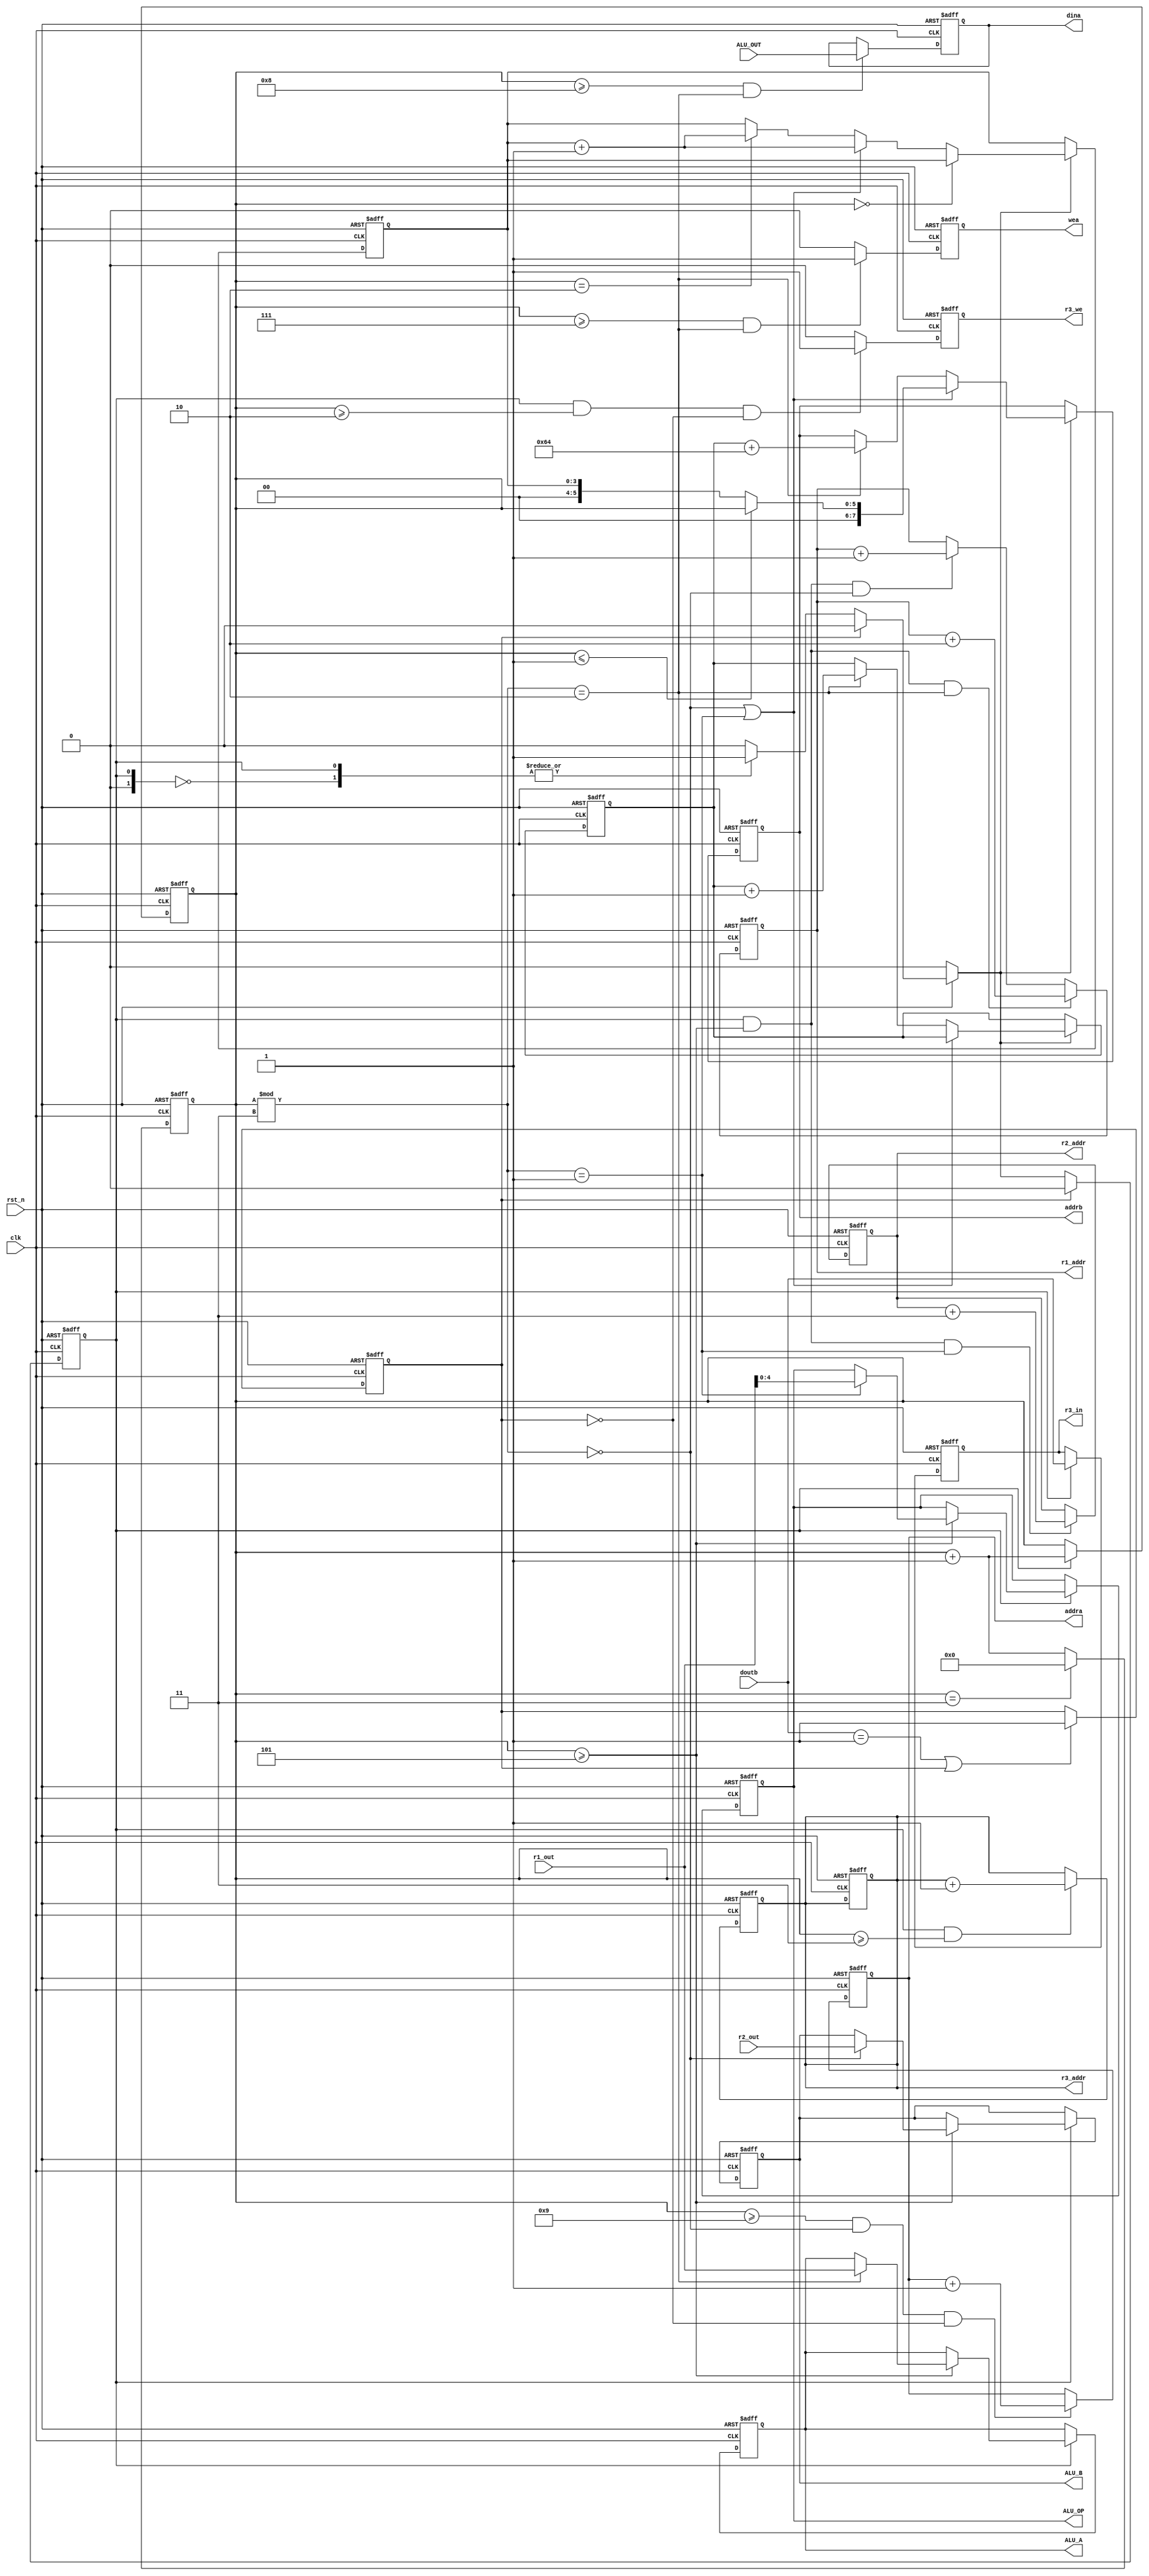
`timescale 1ns / 1ps
//////////////////////////////////////////////////////////////////////////////////
// Company: 
// Engineer: 
// 
// Design Name: 
// Module Name:    Control 
// Project Name: 
// Target Devices: 
// Tool versions: 
// Description: 
//
// Dependencies: 
//
// Revision: 
// Revision 0.01 - File Created
// Additional Comments: 
//
//////////////////////////////////////////////////////////////////////////////////
module Control(
input										clk,
input										rst_n,
input				signed	[31:0]	ALU_OUT,
input				signed	[31:0]	r1_out,
input				signed	[31:0]	r2_out,
output	reg				[4:0]		r1_addr,
output	reg				[4:0]		r2_addr,
output	reg				[4:0]		r3_addr,
output	reg							r3_we,
output	reg				[31:0]	r3_in,
output	reg				[31:0]	ALU_A,
output	reg				[31:0]	ALU_B,
output	reg				[4:0]		ALU_OP,
output 	reg						   wea,
output   reg				[7:0] 	addra,
output 	reg				[31:0] 	dina,
output 	reg				[7:0] 	addrb,
input 			signed	[31:0] 	doutb
    );

parameter	IDLE = 0;
parameter	READ = 1;

reg	[5:0]	count = 5'h0;	//
reg	[3:0]	alu_num = 4'h0; //
reg	[3:0] alu_op = 4'h0;	// 
reg			sign = 0;	// -1
reg	[1:0]	cur_state = IDLE;
reg	[1:0] next_state = IDLE;


/*  */
always@(posedge clk or negedge rst_n)
begin
	if(~rst_n)
		count <= 2'h0;
	else if(count == 2'h3)
		count <= 2'h0;
	else
		count <= count + 2'h1;
end


/*  sign*/
always@(posedge clk or negedge rst_n)
begin
	if(~rst_n)
		sign <= 0;
	else if(doutb == -1 || sign == 1)
		sign <= 1;
end


/*  cur_state */
always@(posedge clk or negedge rst_n)
begin
	if(~rst_n)
		cur_state <= IDLE;
	else if(sign == 1)
		cur_state <= IDLE;
	else
		cur_state <= next_state;
end


/*  next_state */
always@(*)
begin
	if(~rst_n)
		next_state = IDLE;
	else if(sign == 1)
		next_state = IDLE;
	else
	begin
		case(cur_state)
			IDLE: next_state = READ;
			READ: next_state = READ;
			default: next_state = IDLE;
		endcase
	end
end


/*  ram  */
always@(posedge clk or negedge rst_n)
begin
	if(~rst_n)
	begin
		addra <= 8'd200;
		r3_addr <= 5'h0;
	end
	else if(count >= 9 && count % 3 == 0 && sign != 1) /**/
	begin
		addra <= addra + 8'h1;
	end
	else
	begin
		addra <= addra;
		r3_addr <= r3_addr;
	end
end


/*  ram */

always@(posedge clk or negedge rst_n)
begin
	if(~rst_n)
	begin
		count <= 4'h0;
	end 
	else if(cur_state != IDLE)
	begin
		count <= count + 4'h1;
	end
end


always@(posedge clk or negedge rst_n)
begin
	if(~rst_n)
		alu_num <= 0;
	else if(next_state != IDLE)
	begin
		if(count == 0)
			alu_num <= alu_num;
		else if(count % 3 == 0 || count % 3 == 1)
			alu_num <= alu_num + 1;
		else if(count == 2)
			alu_num <= alu_num + 1;
		else
			alu_num <= alu_num;
	end
end


always@(posedge clk or negedge rst_n)
begin
	if(~rst_n)
	begin
		addrb <= 8'h0;
		alu_op <= 4'h0;
	end
	else if(next_state != IDLE)
	begin
		if(count % 3 == 0 || count % 3 == 1)
		begin	
			if(count <= 1)
				addrb <= count;
			else 
				addrb <= alu_num;
		end
		else if(count % 3 == 2)
		begin
			addrb <= alu_op + 8'd100;
			alu_op <= alu_op + 4'h1;
		end
	end
	else
	begin
		addrb <= addrb;
		alu_op <= alu_op;
	end
end


/*  */

always@(posedge clk or negedge rst_n)
begin
	if(~rst_n)
	begin
		ALU_A <= 32'h0;
		ALU_B <= 32'h0;
		ALU_OP <= 5'h0;
	end
	else if(cur_state != IDLE)
	begin
		if(count >= 5)
		begin
			case(count % 3)
				5'h2: ALU_A <= r1_out;
				5'h0: ALU_B <= r2_out;
				5'h1: ALU_OP <= r1_out;
			endcase
		end
	end
end


always@(posedge clk or negedge rst_n)
begin
	if(~rst_n)
	begin
		r1_addr <= 5'h0;
		r2_addr <= 5'h1;
		r3_addr <= 5'h0;
	end
	else
	begin
		if(cur_state != IDLE && count >= 5 && count % 3 == 2)
			r1_addr <= r1_addr + 5'h2;
		else if(cur_state != IDLE && count >= 5 && count % 3 == 0) 
		begin
			r1_addr <= r1_addr + 5'h1;
		end
		if(cur_state != IDLE && count >= 5 && count % 3 == 1)
		begin
			r2_addr <= r2_addr + 5'h3;
		end
		if(cur_state != IDLE && count >= 3)
		begin
			r3_addr <= r3_addr + 5'h1;
		end
	end
end


always@(posedge clk or negedge rst_n)
begin
	if(~rst_n)
	begin
		r3_in <= 32'h0;
	end
	else if(cur_state != IDLE)
	begin
		r3_in <= doutb;
	end
end


always@(posedge clk or negedge rst_n)
begin
	if(~rst_n)
	begin
		r3_we <= 0;
	end
	
	else if(cur_state != IDLE && count >= 2 && sign != 1)
	begin
		r3_we <= 1;
	end
	
	else
	begin
		r3_we <= 0;
	end
end


/*  */
always@(posedge clk or negedge rst_n)
begin
	if(~rst_n)
	begin
		wea <= 0;
	end
	else if(count >= 7 && count % 3 == 2)
	begin
		wea <= 1;
	end
	else
	begin
		wea <= 0;
	end
end


always@(posedge clk or negedge rst_n)
begin
	if(~rst_n)
	begin
		dina <= 32'h0;
	end
	else if(count >= 8 && count % 3 == 2)
	begin
		dina <= ALU_OUT;
	end
end

endmodule